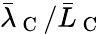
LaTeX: \bar{\lambda}_{\mathrm{~C~}}/\bar{L}_{\mathrm{~C~}}